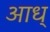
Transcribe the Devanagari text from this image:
आध्